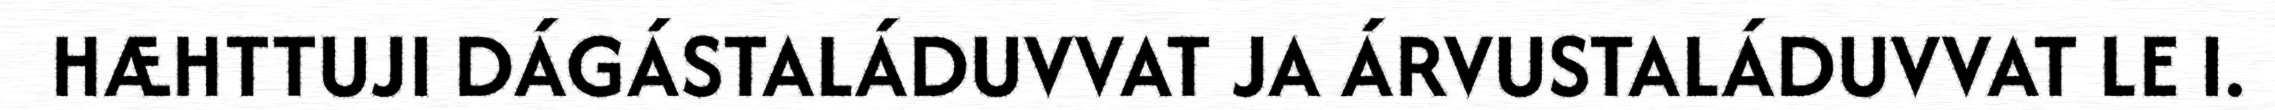
HÆHTTUJI DÁGÁSTALÁDUVVAT JA ÁRVUSTALÁDUVVAT LE I.